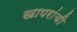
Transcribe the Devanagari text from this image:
खापरांची